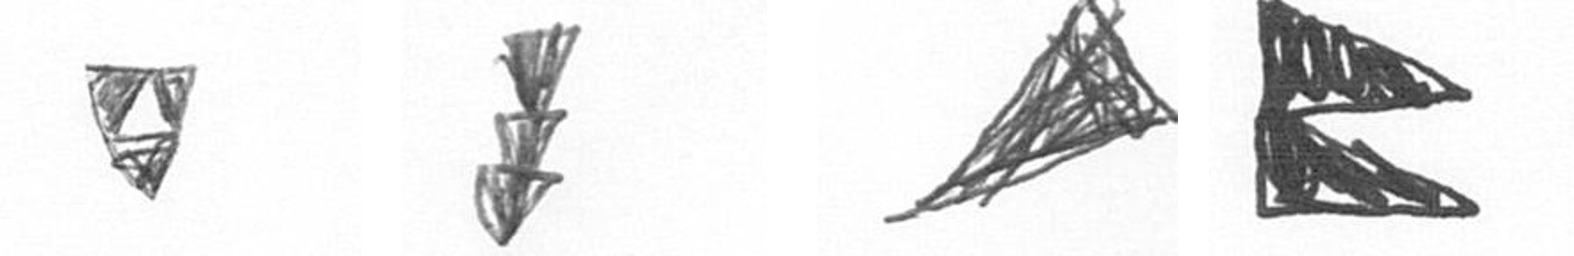
S E O P